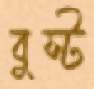
বুস্ট